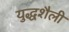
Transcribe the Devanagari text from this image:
युद्धशैली